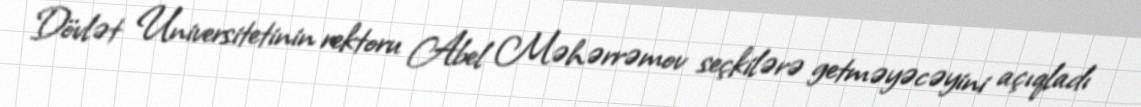
Dövlət Universitetinin rektoru Abel Məhərrəmov seçkilərə getməyəcəyini açıqladı